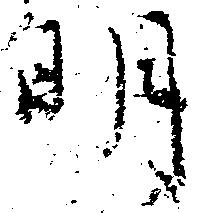
明